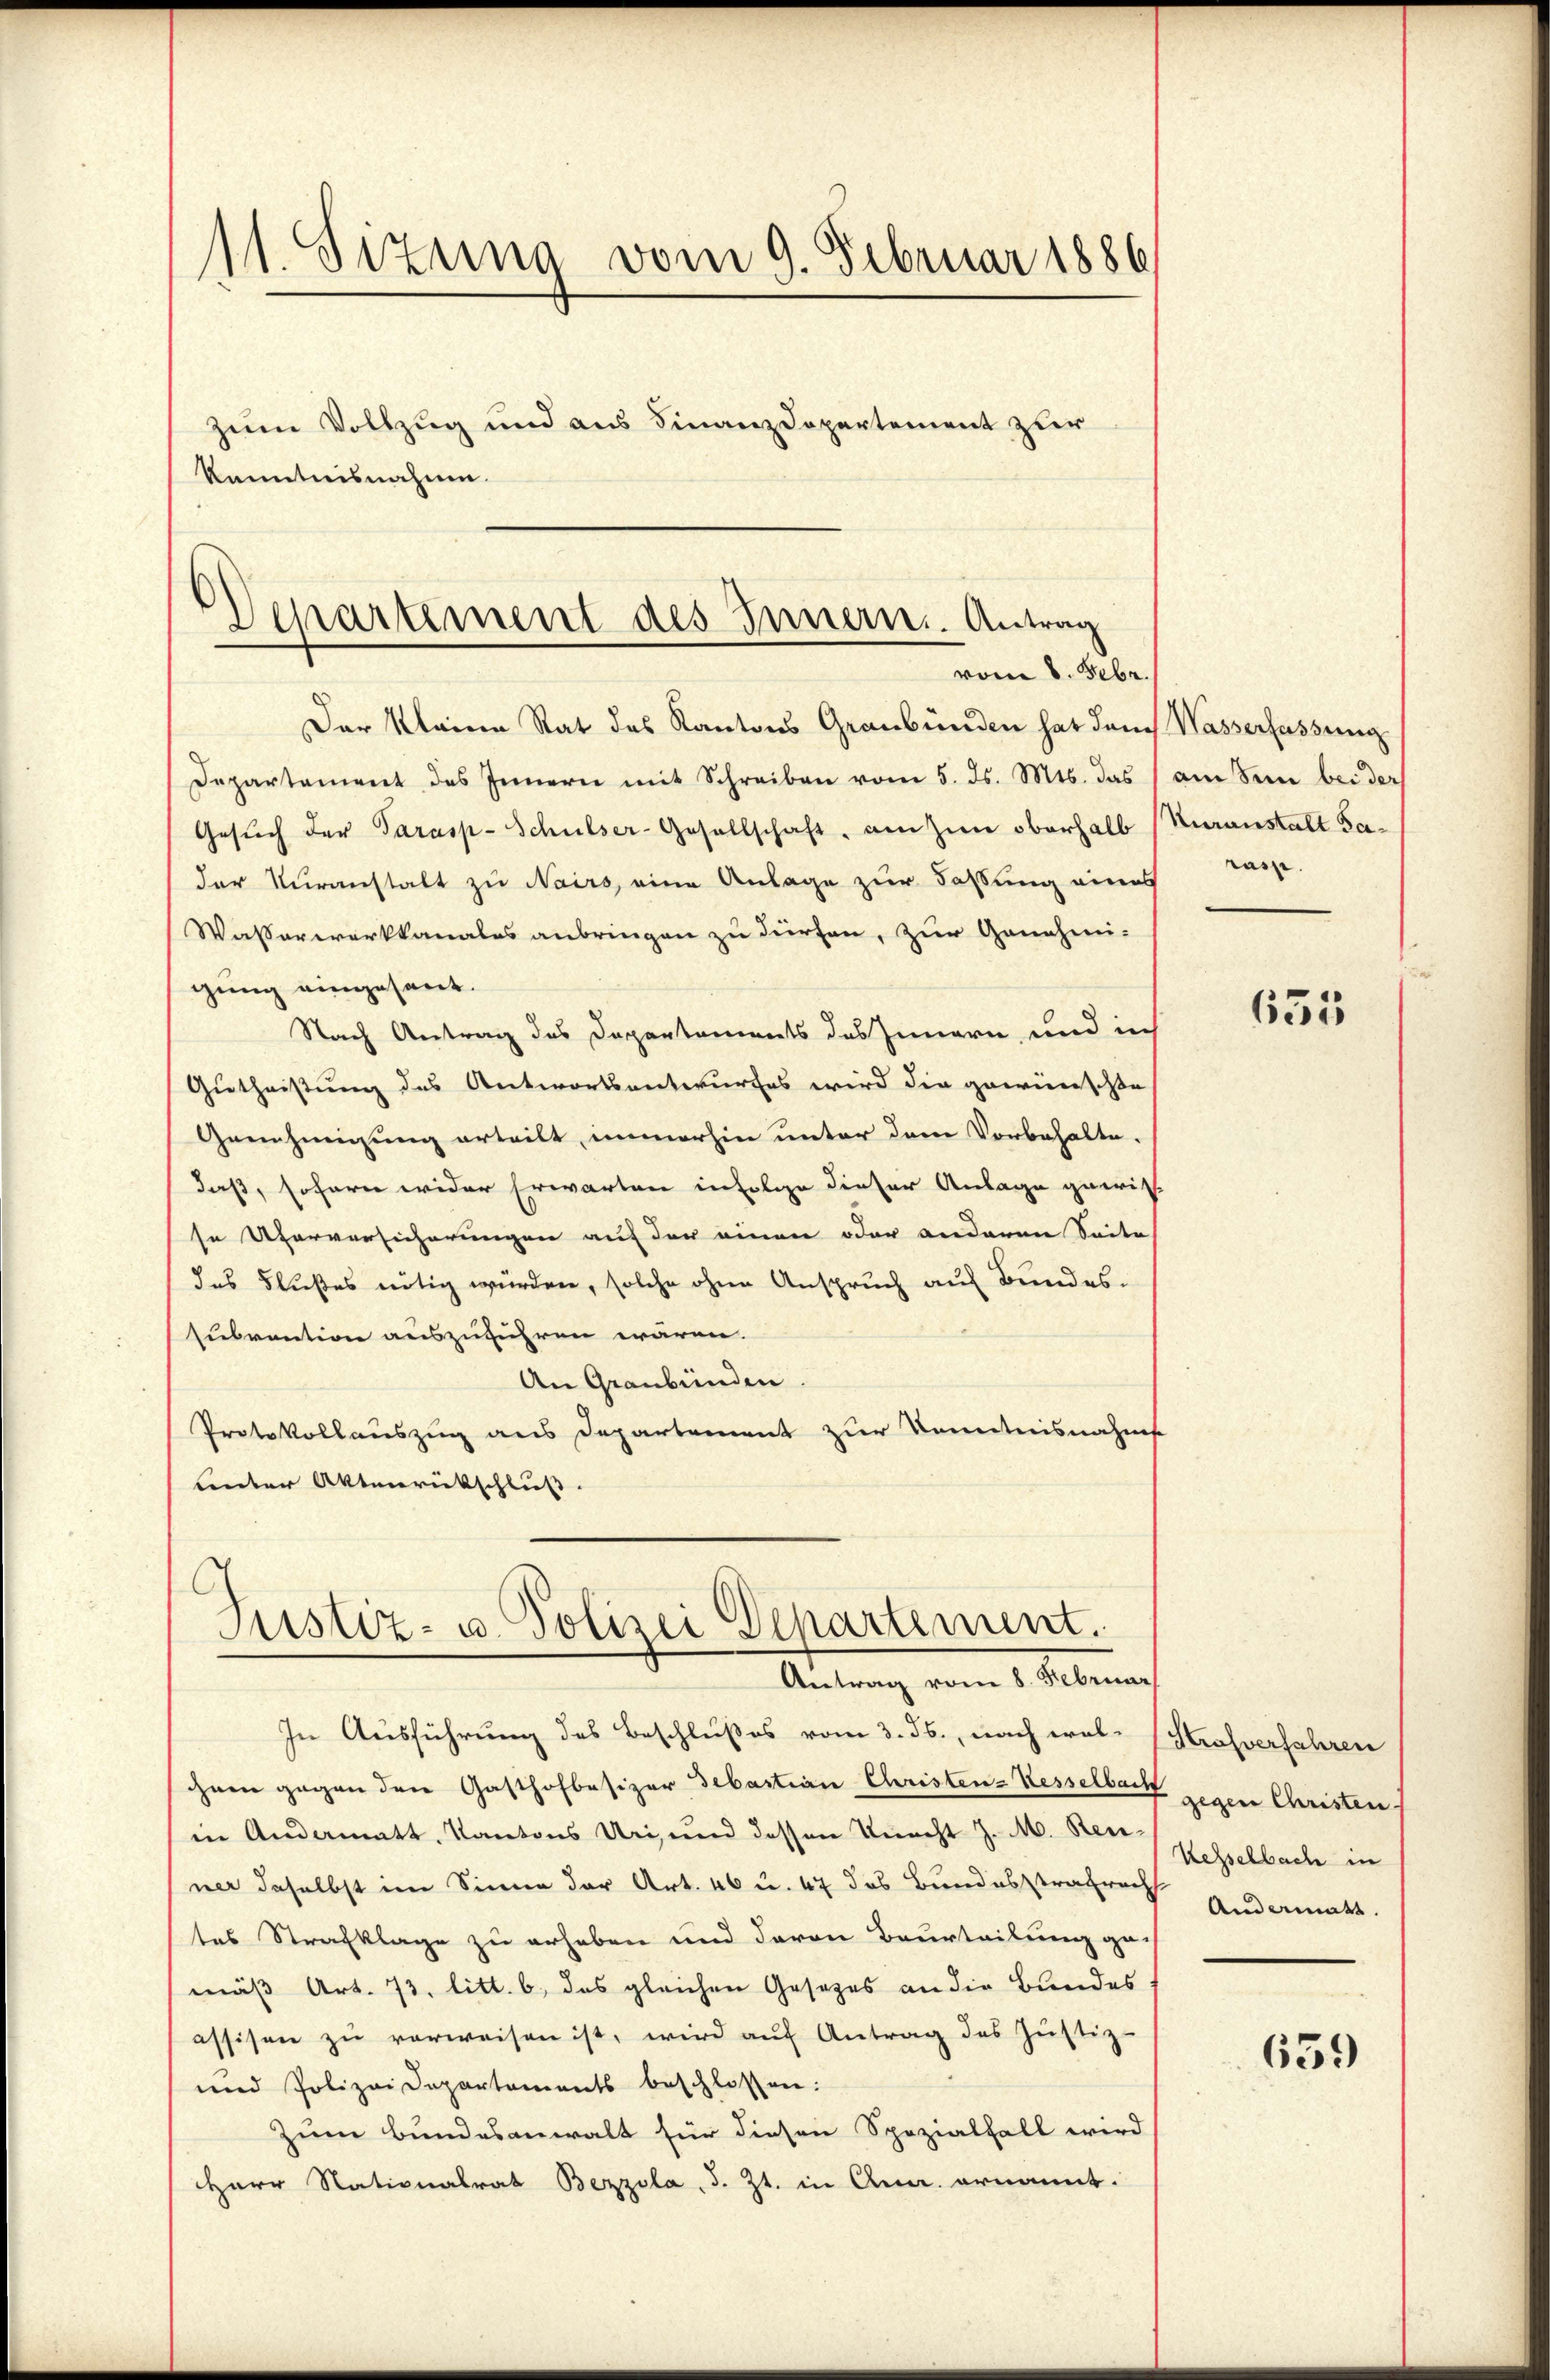
11. Sizung vom 9. Februar 1886
zum Vollzug und aus Finanzdepartement zur
kanntnisnahme.

Departement des Innern. Antrag
vom 8. Febr.

Der Kleine Rat des Kantons Graubünden hat dem Wasserfassung
Departament des Innern mit Schreiben vom 5. ds. Mts. das am Senn beider
Gesŭch der Parasp-Schulser-Gesellschaft, am zum oberhalb (Kuranstalt Fader Veranstalt zu Nairs, eine Anlage zur Fassung eines Tass.
Wasserwerkkanales anbringen zu dürfen, zur Genehmi-
gung eingesant.
Nach Antrag des Departements des Innern, und in
Gutheistung des Antwortsentwurfes wird die gewünschte
Genehmigung erteilt, immerhin unter dem Vorbehalte.
daß, sofern wider Erwarten in Folge dieser Anlage gewis-
se Uferversicherungen auf der einen oder anderen Seite
das Flußes nötig wurden, solche ohne Anspruch auf Bundessubvention auszuführen wären.
An Graubünden
Protokollauszug aus Departement zur Kenntnisnahmse
Lnter Aktenrückschluss.

Justiz- u. Polizei Departement.
Antrag vom 8. Februar

In Ausführung des Beschlußes vom 3. ds., nach wel-Strafverfahren
chnen gegen den Gasthofbesizer Sebastian Christen-Kesselbach
in Andermatt. Kantons Uri, und dessen Knecht J. M. Herr Hesselbach in
ner daselbst im Sinne der Art. 46 u. 47 das Bundesstrafrech
tes Strafklage zu erheben und davon Beurteilung ge-
mäß Art. 73. litt. b. das gleichen Gesetzes an die Bundes
assisen zŭ verweisen ist, wird aŭf Antrag des Jŭstiz-
und Polizei Departements beschlossen:
Zum Bundesanwalt für diesen Spezialfall wird
Herr Nationalrat Bezzola, d. Zt. in Ana. ernannt.

655

gegen Christen.
Andermatt

639